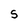
Character: S